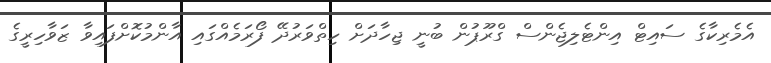
އެމެރިކާގެ ސައިޓް އިންޓެލިޖެންސް ގްރޫޕުން ބުނީ ޖިހާދަށް ހިތްވަރުދޭ ފޯރަމެއްގައި އާންމުކޮށްފައިވާ ޒަވާހިރީގެ